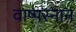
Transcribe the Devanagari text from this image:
वाष्पस्नान